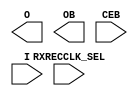
module OBUFDS_GTE3_ADV #(
  `ifdef XIL_TIMING //Simprim 
  parameter LOC = "UNPLACED",  
  `endif
  parameter [0:0] REFCLK_EN_TX_PATH = 1'b0,
  parameter [4:0] REFCLK_ICNTL_TX = 5'b00000
)(
  output O,
  output OB,

  input CEB,
  input [3:0] I,
  input [1:0] RXRECCLK_SEL
);
endmodule